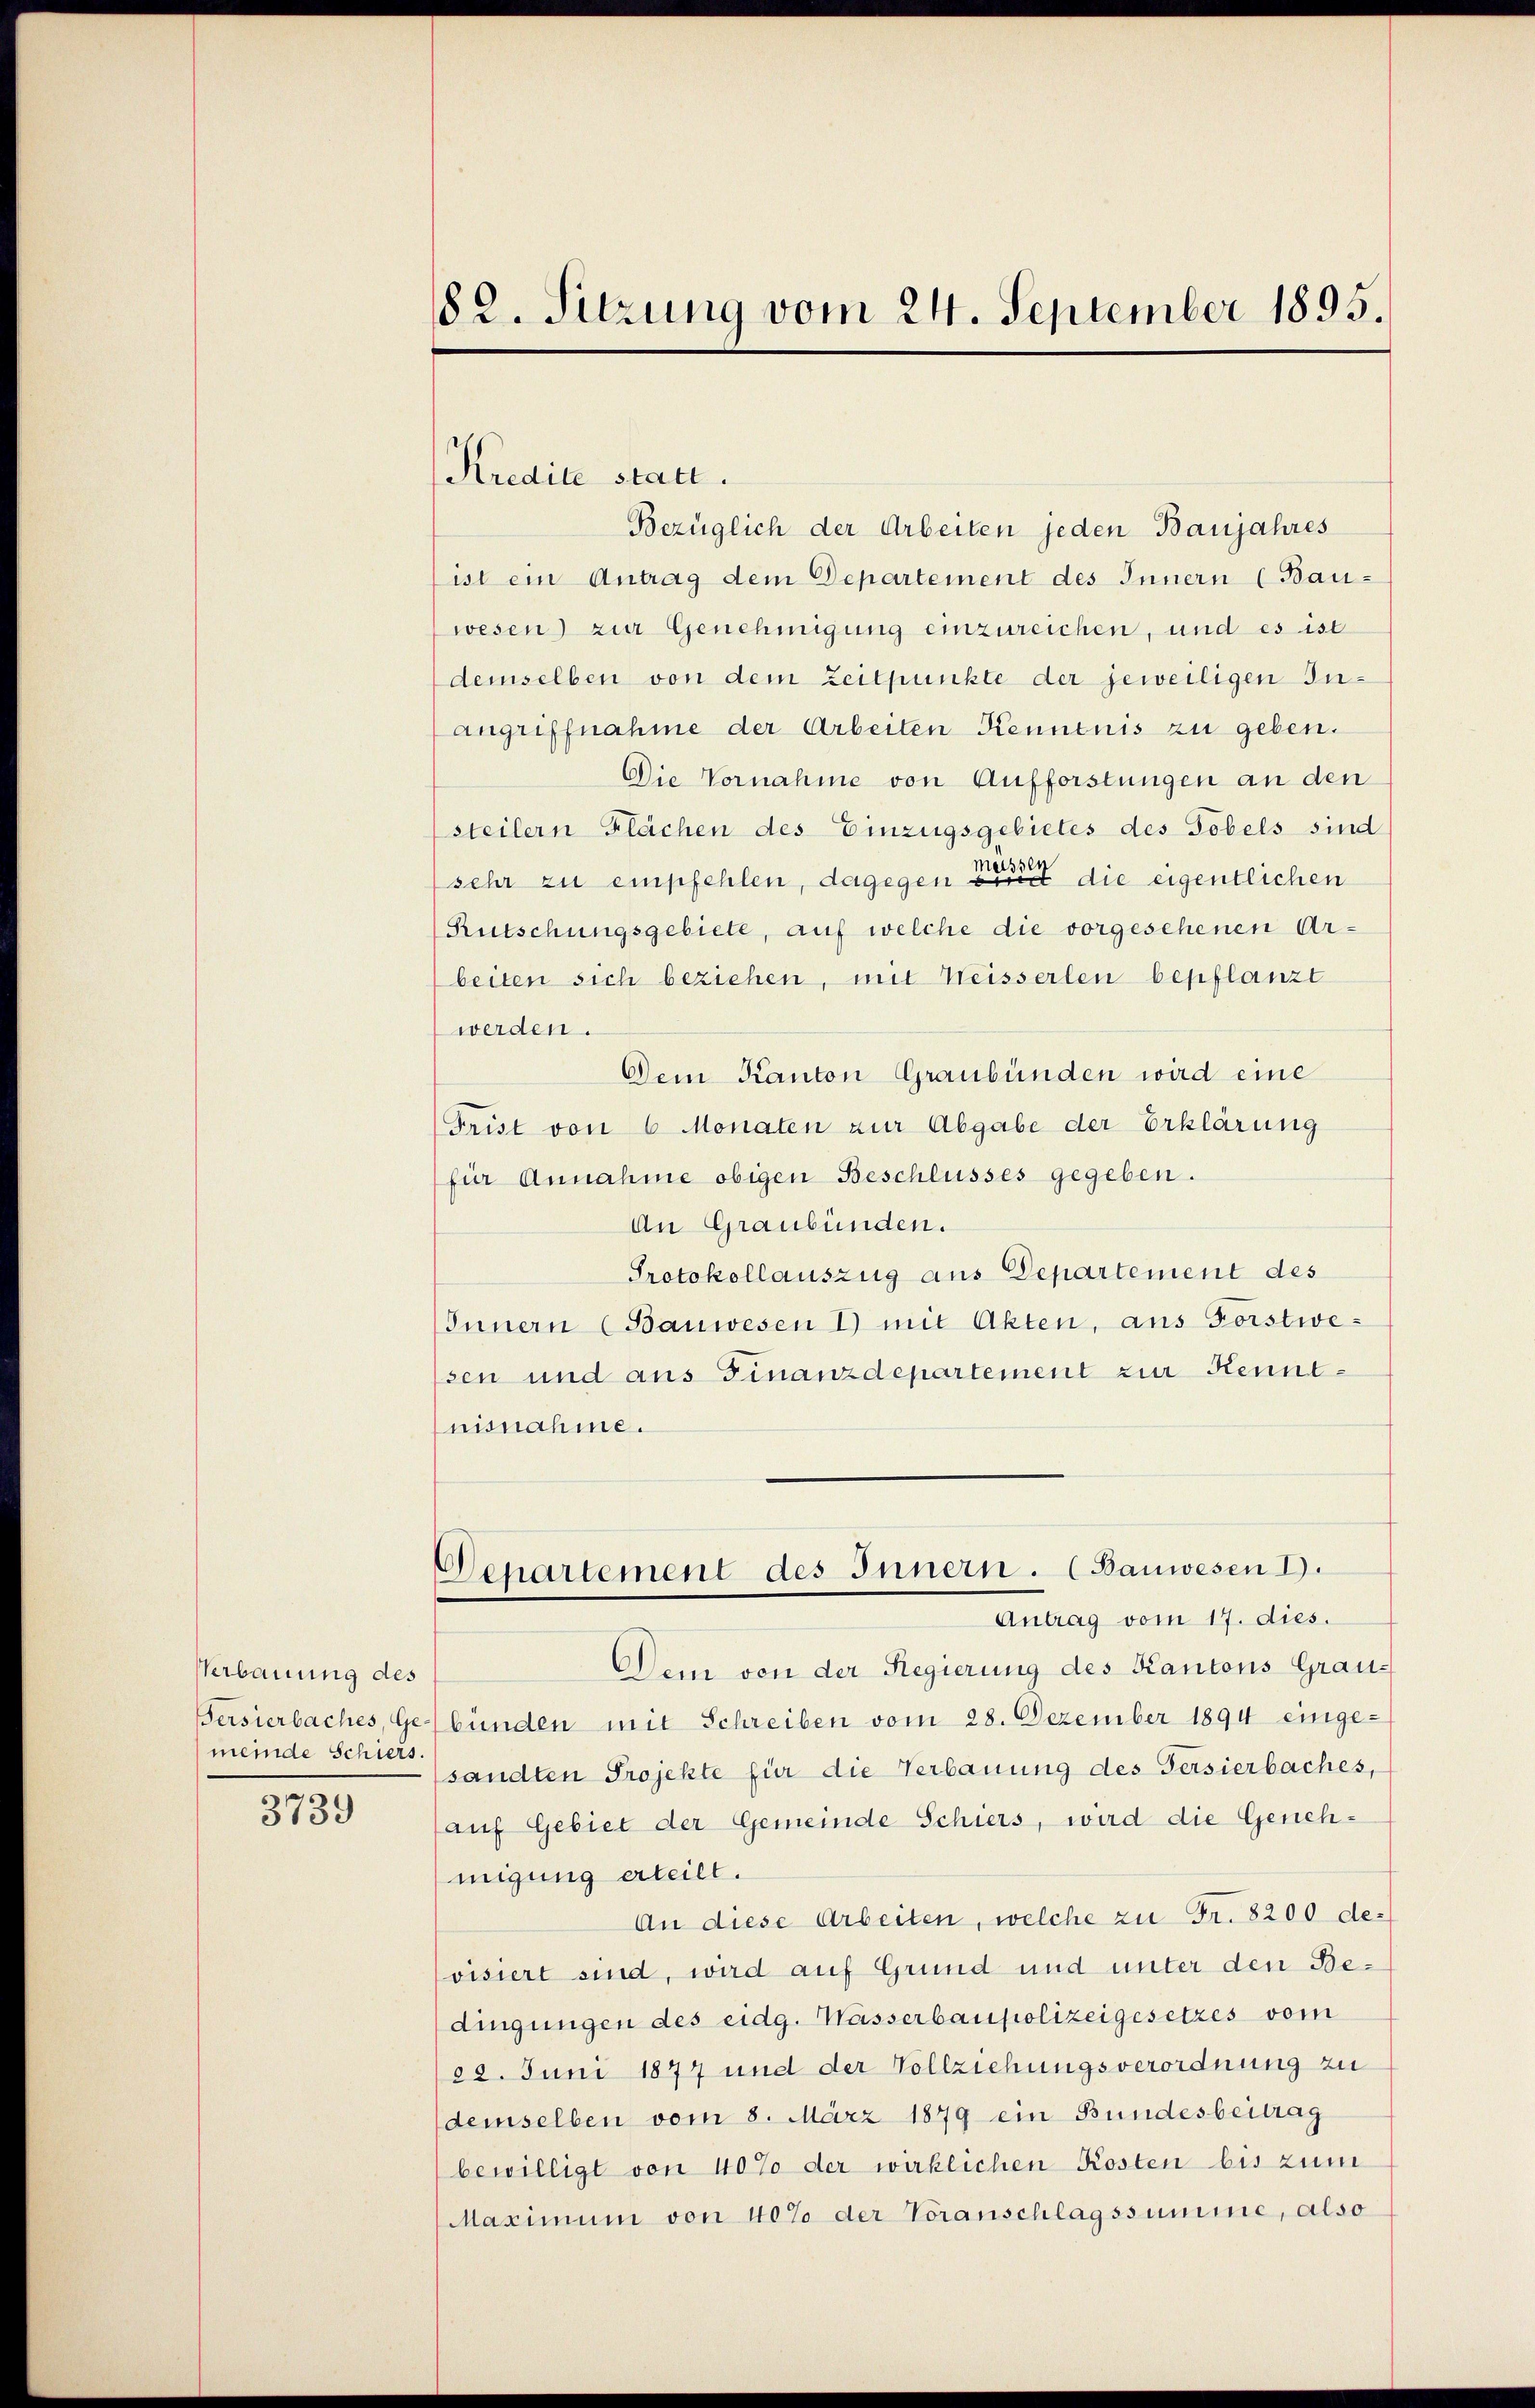
Verbauung des
meinde Schiers.

3739

82. Sitzung vom 24. September 1895.

Kredite statt.

Bezüglich der Arbeiten jeden Banjahres
ist ein Antrag dem Departement des Innern (Bau-
wesen) zur Genehmigung einzureichen, und es ist
demselben von dem Zeitpunkte der jeweiligen In¬
Angriffnahme der Arbeiten Kenntnis zu geben.
Die Vornahme von Aufforstungen an den
steilern Flächen des Einzugsgebietes des Tobels sind
sehr zu empfehlen, dagegen der die eigentlichen
Rutschungsgebiete, auf welche die vorgesehenen Arbeiten sich beziehen, mit Weisserlen bepflanzt
werden.
Dem Kanton Graubünden wird eine
Frist von 6 Monaten zur Abgabe der Erklärung
für Annahme obigen Beschlusses gegeben.
An Graubünden.
Protokollauszug aus Departement des
Innern (Bauwesen 1) mit Akten, aus Forstwessen und aus Finanzdepartement zur Kenntnisnahme.
Denartement des Innern. (Bauwesen I.
Antrag vom 17. dies.
Dein von der Regierung des Kantons Grau-
Bersierbaches, Gebünden mit Schreiben vom 28. Dezember 1894 einge-
sandten Projekte für die Verbauung des Versierbaches,
(auf Gebiet der Gemeinde Schiers, wird die Genehmigung erteilt.
An diese Arbeiten, welche zu Fr. 8200 devisiert sind, wird auf Grund und unter den Bedingungen des eidg. Wasserbaupolizeigesetzes vom
22. Juni 1877 und der Vollziehungsverordnung zu
demselben vom 8. März 1879 ein Bundesbeitrag
bewilligt von 40% der wirklichen Kosten bis zum
Maximum von 40% der Voranschlagssumme, also